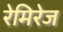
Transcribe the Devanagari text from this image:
रेमिरेज